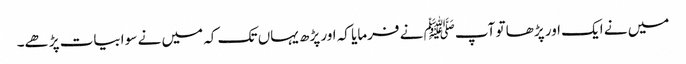
میں نے ایک اور پڑھا تو آپﷺ نے فرمایا کہ اور پڑھ یہاں تک کہ میں نے سو ابیات پڑھے۔